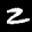
Label: 2